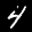
Label: 4